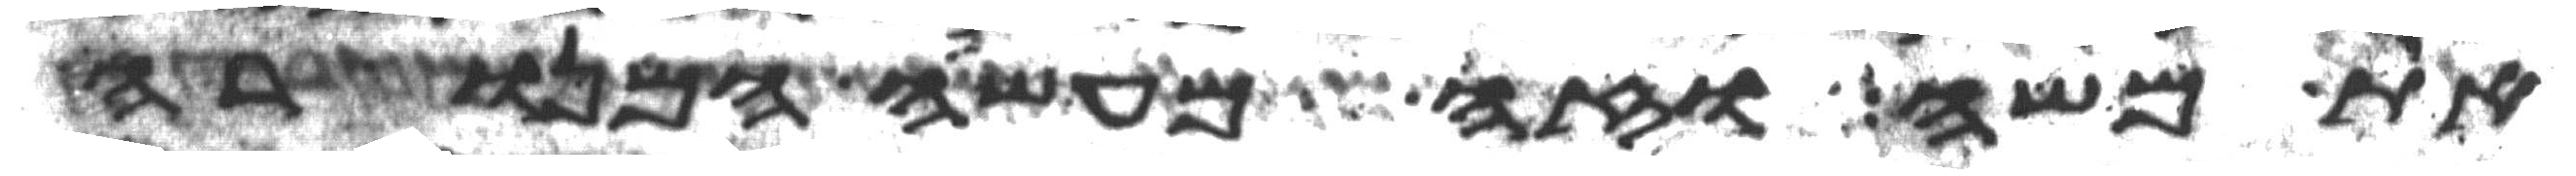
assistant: את משה וזה מעשה המנורה